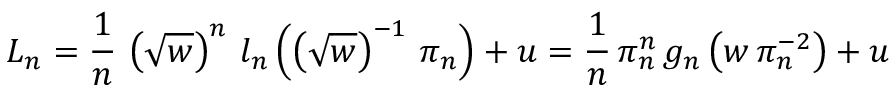
L _ { n } = \frac { 1 } { n } \, \left( \sqrt { w } \right) ^ { n } \, l _ { n } \left( \left( \sqrt { w } \right) ^ { - 1 } \, \pi _ { n } \right) + u = \frac { 1 } { n } \, \pi _ { n } ^ { n } \, g _ { n } \left( w \, \pi _ { n } ^ { - 2 } \right) + u